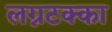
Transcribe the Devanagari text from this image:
लग्नटक्का